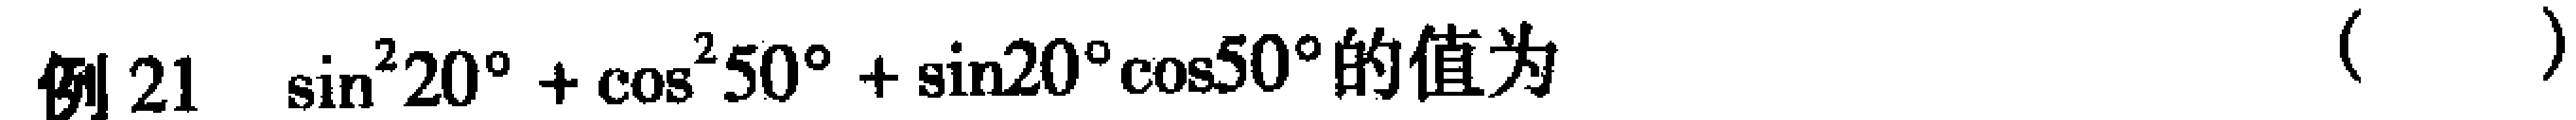
例 21 $\sin^{2}20^{\circ}+\cos^{2}50^{\circ}+\sin20^{\circ}\cos50^{\circ}$的值为（  ）